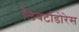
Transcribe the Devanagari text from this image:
लिबर्टाडोरेस